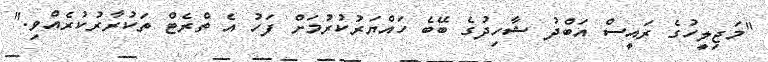
"މަޖިލީހުގެ ރައީސް އަބްދު ޝާހިދުގެ ބޭބެ ހައްޔަރުކުރުމަށް ފަހު އެ ތްރެޓް ތަކުރާރުކުރެއްވި."